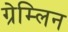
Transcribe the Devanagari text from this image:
ग्रेम्लिन